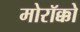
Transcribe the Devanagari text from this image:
मोरॉक्को